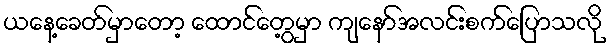
ယနေ့ခေတ်မှာတော့ ထောင်တွေ့မှာ ကျနော်အလင်းစက်ပြောသလို